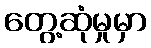
တွေ့ဆုံမှုမှာ